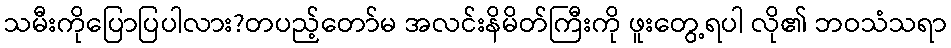
သမီးကိုပြောပြပါလား?တပည့်တော်မ အလင်းနိမိတ်ကြီးကို ဖူးတွေ့ရပါ လို၏ ဘဝသံသရာ